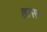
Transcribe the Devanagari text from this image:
हारू